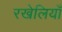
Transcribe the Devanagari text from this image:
रखेलियाँ